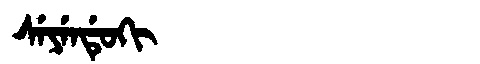
Manchu: ᠰᡝᠶᡝᠨᡩᡠᡴᡳ
Romanization: SEYENDUKI